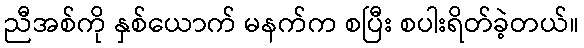
ညီအစ်ကို နှစ်ယောက် မနက်က စပြီး စပါးရိတ်ခဲ့တယ်။